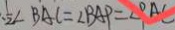
\frac { 1 } { 2 } \angle B A C = \angle B A P = \angle P A C